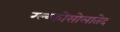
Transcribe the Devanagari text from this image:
ग्ल्य्कोसोलातेद